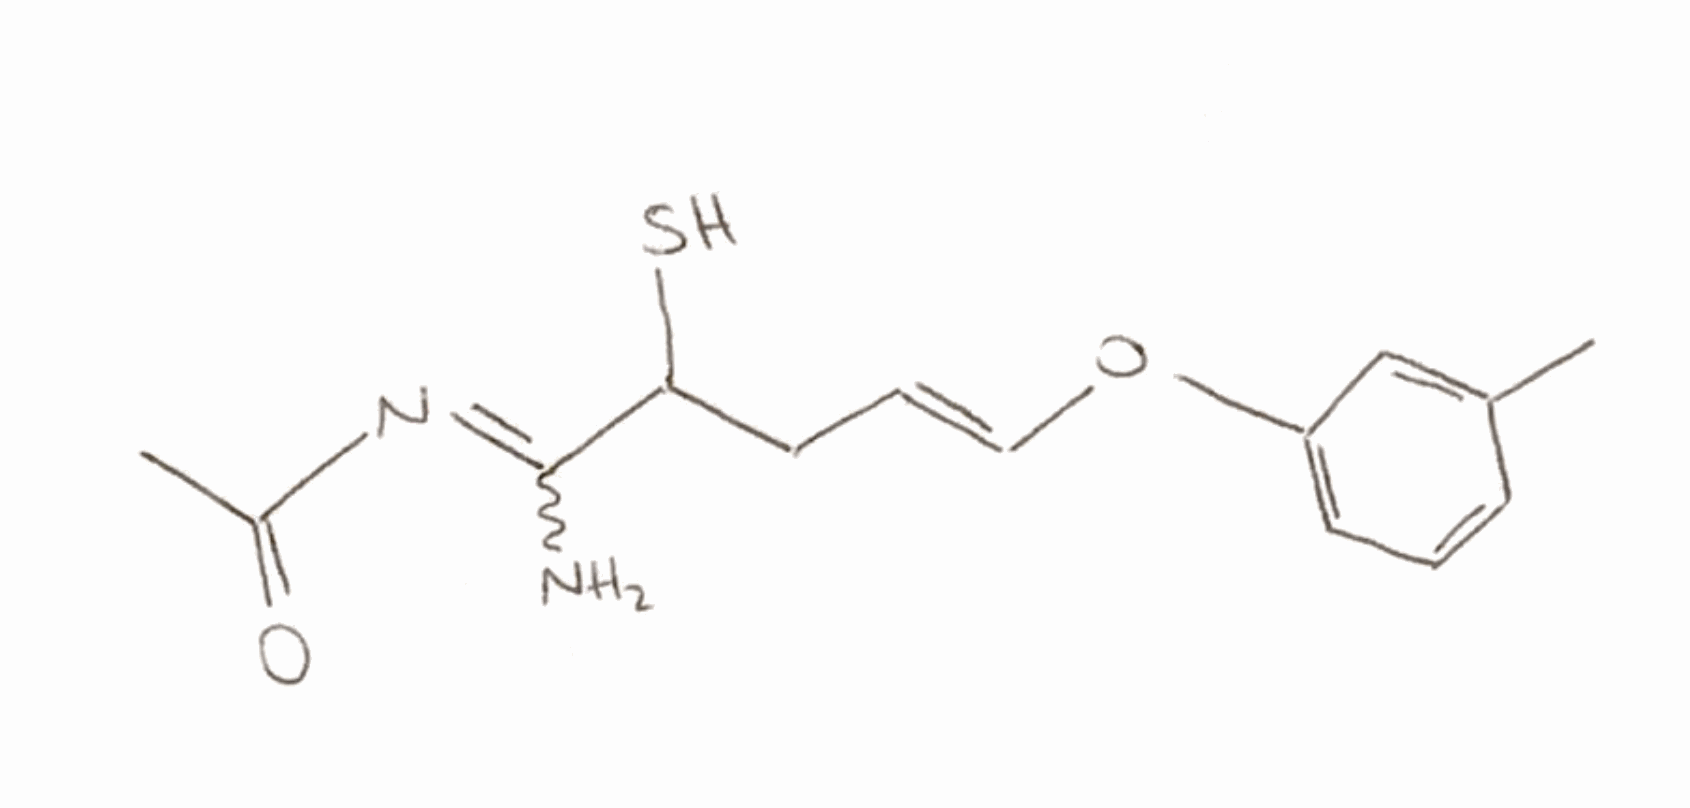
Simplified molecular-input line-entry system (SMILES) notation of the given molecule:
CC1=CC(=CC=C1)O/C=C/C=C(/C(=NC(=O)C)N)\S